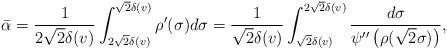
LaTeX: \begin{align*}\bar{\alpha}=\frac{1}{2\sqrt{2}\delta(v)} \int_{2\sqrt{2}\delta(v)}^{\sqrt{2}\delta(v)} \rho^{\prime}(\sigma) d \sigma=\frac{1}{\sqrt{2}\delta(v)} \int_{\sqrt{2}\delta(v)}^{2\sqrt{2}\delta(v)} \frac{d \sigma}{\psi^{\prime\prime}\left(\rho(\sqrt{2}\sigma)\right)},\end{align*}